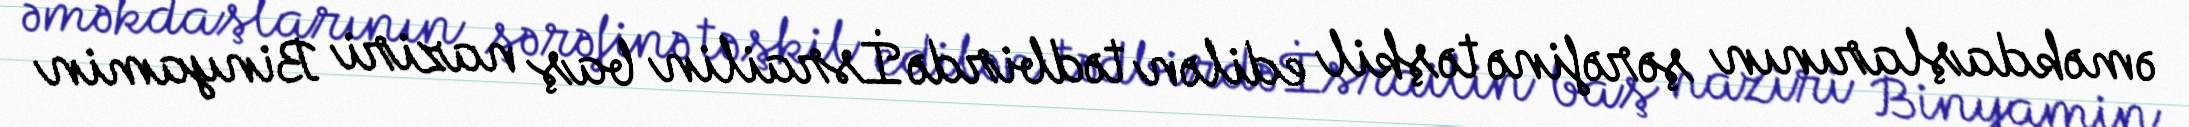
əməkdaşlarının şərəfinə təşkil edilən tədbirdə İsrailin baş naziri Binyamin